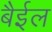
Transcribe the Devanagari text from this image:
बैईल